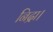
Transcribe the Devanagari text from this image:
निद्रा।